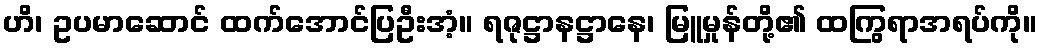
ဟိ၊ ဥပမာဆောင် ထက်အောင်ပြဦးအံ့။ ရဇုဋ္ဌာနဋ္ဌာနေ၊ မြူမှုန်တို့၏ ထကြွရာအရပ်ကို။